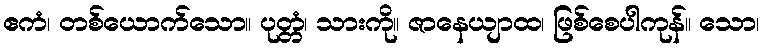
ဧကံ၊ တစ်ယောက်သော။ ပုတ္တံ၊ သားကို။ ဇာနေယျာထ၊ ဖြစ်စေပါကုန်။ သော၊